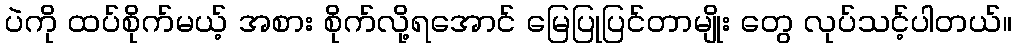
ပဲကို ထပ်စိုက်မယ့် အစား စိုက်လို့ရအောင် မြေပြုပြင်တာမျိုး တွေ လုပ်သင့်ပါတယ်။